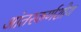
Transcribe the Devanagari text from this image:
आंतरकर्णशोथ